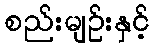
စည်းမျဉ်းနှင့်